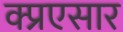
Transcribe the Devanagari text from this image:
क्प्रएसार